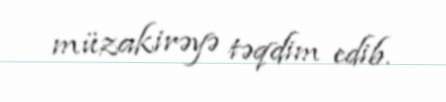
müzakirəyə təqdim edib.